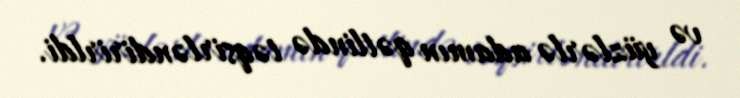
və yüzlərlə adamın qətlində təqsirləndirirldi.